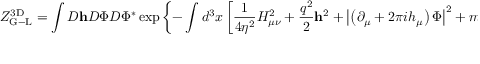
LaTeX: { \cal Z } _ { \mathrm { G - L } } ^ { \mathrm { 3 D } } = \int { \cal D } { \bf h } { \cal D } \Phi { \cal D } \Phi ^ { * } \exp \left\{ - \int d ^ { 3 } x \left[ \frac { 1 } { 4 \eta ^ { 2 } } H _ { \mu \nu } ^ { 2 } + \frac { q ^ { 2 } } { 2 } { \bf h } ^ { 2 } + \left| \left( \partial _ { \mu } + 2 \pi i h _ { \mu } \right) \Phi \right| ^ { 2 } + m _ { H } ^ { 2 } \left| \Phi \right| ^ { 2 } + \lambda \left| \Phi \right| ^ { 4 } \right] \right\} .